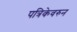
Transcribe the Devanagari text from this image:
पत्रिकेवरुन